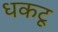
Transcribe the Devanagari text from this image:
धकटू